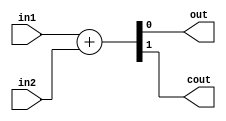
module OneBitFullAdder(in1,in2,out,cout);
  input wire in1;
  input wire in2;
  output wire out;
  output wire cout;
  
  assign {cout,out} = in1 + in2;

endmodule